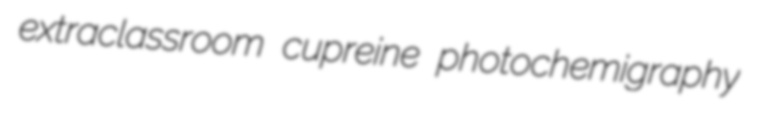
extraclassroom cupreine photochemigraphy